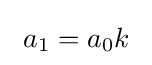
\ a_{1}=a_{0}k\